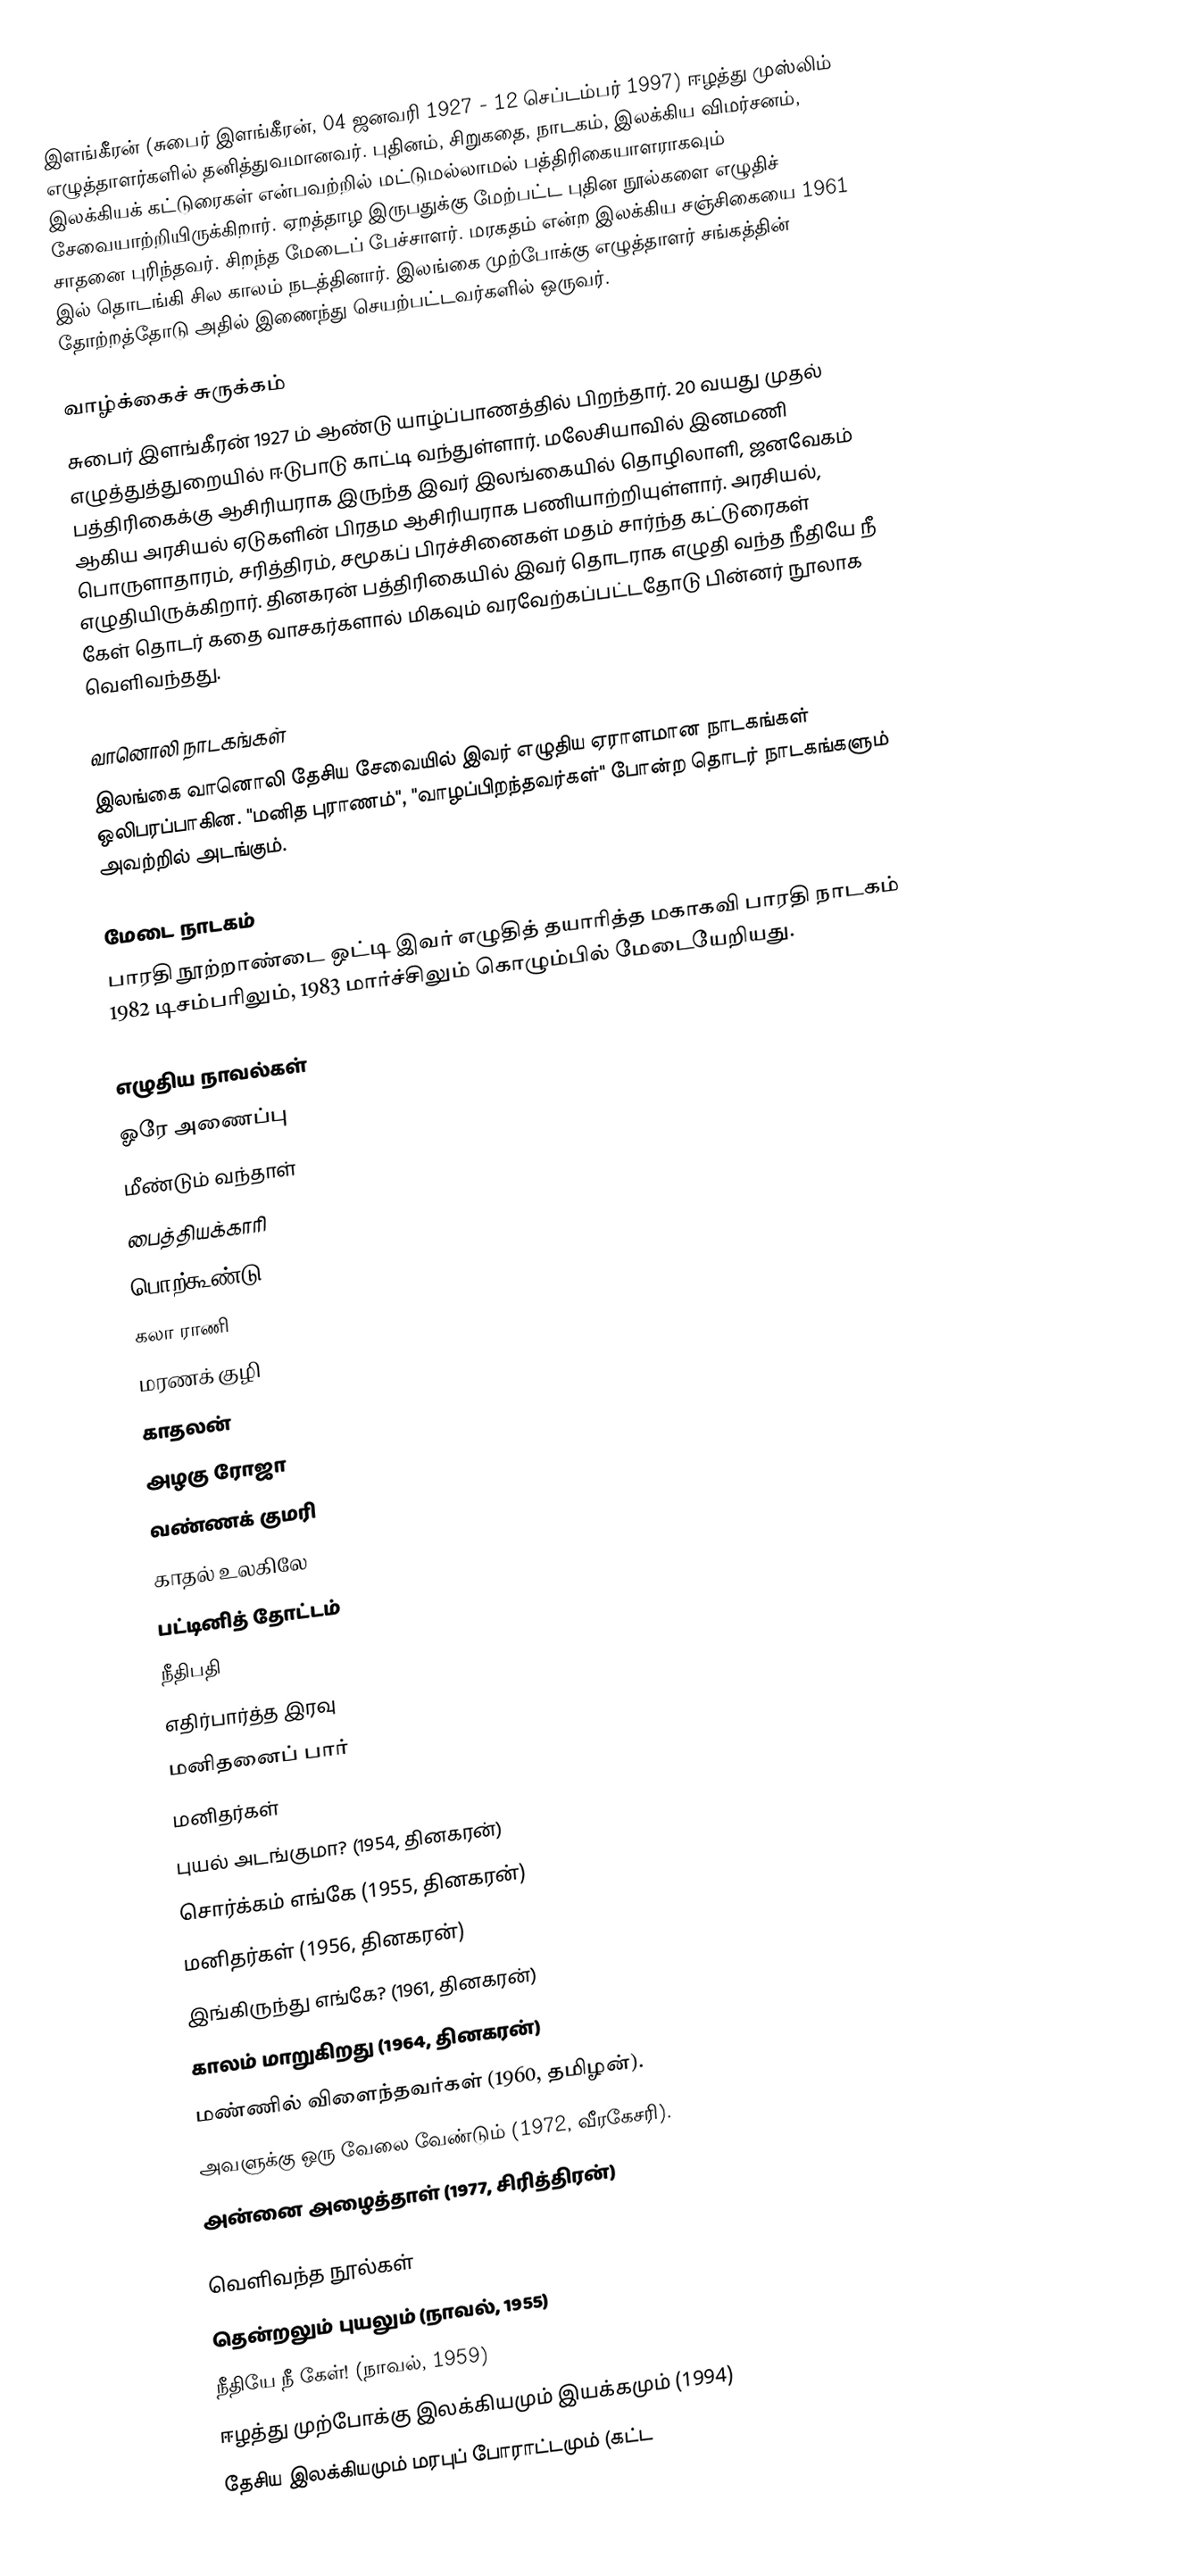
இளங்கீரன் (சுபைர் இளங்கீரன், 04 ஜனவரி 1927  - 12 செப்டம்பர் 1997) ஈழத்து முஸ்லிம் எழுத்தாளர்களில் தனித்துவமானவர். புதினம், சிறுகதை, நாடகம், இலக்கிய விமர்சனம், இலக்கியக் கட்டுரைகள் என்பவற்றில் மட்டுமல்லாமல் பத்திரிகையாளராகவும் சேவையாற்றியிருக்கிறார். ஏறத்தாழ இருபதுக்கு மேற்பட்ட புதின நூல்களை எழுதிச் சாதனை புரிந்தவர். சிறந்த மேடைப் பேச்சாளர். மரகதம் என்ற இலக்கிய சஞ்சிகையை 1961 இல் தொடங்கி சில காலம் நடத்தினார். இலங்கை முற்போக்கு எழுத்தாளர் சங்கத்தின் தோற்றத்தோடு அதில் இணைந்து செயற்பட்டவர்களில் ஒருவர்.

வாழ்க்கைச் சுருக்கம்
சுபைர் இளங்கீரன் 1927 ம் ஆண்டு யாழ்ப்பாணத்தில் பிறந்தார். 20 வயது முதல் எழுத்துத்துறையில் ஈடுபாடு காட்டி வந்துள்ளார். மலேசியாவில் இனமணி பத்திரிகைக்கு ஆசிரியராக இருந்த இவர் இலங்கையில் தொழிலாளி, ஜனவேகம் ஆகிய அரசியல் ஏடுகளின் பிரதம ஆசிரியராக பணியாற்றியுள்ளார். அரசியல், பொருளாதாரம், சரித்திரம், சமூகப் பிரச்சினைகள் மதம் சார்ந்த கட்டுரைகள் எழுதியிருக்கிறார். தினகரன் பத்திரிகையில் இவர் தொடராக எழுதி வந்த நீதியே நீ கேள் தொடர் கதை வாசகர்களால் மிகவும் வரவேற்கப்பட்டதோடு பின்னர் நூலாக வெளிவந்தது.

வானொலி நாடகங்கள்
இலங்கை வானொலி தேசிய சேவையில் இவர் எழுதிய ஏராளமான நாடகங்கள் ஒலிபரப்பாகின. "மனித புராணம்", "வாழப்பிறந்தவர்கள்" போன்ற தொடர் நாடகங்களும் அவற்றில் அடங்கும்.

மேடை நாடகம்
பாரதி நூற்றாண்டை ஒட்டி இவர் எழுதித் தயாரித்த மகாகவி பாரதி நாடகம் 1982 டிசம்பரிலும், 1983 மார்ச்சிலும் கொழும்பில் மேடையேறியது.

எழுதிய நாவல்கள்
 ஓரே அணைப்பு
 மீண்டும் வந்தாள்
 பைத்தியக்காரி
 பொற்கூண்டு
 கலா ராணி
 மரணக் குழி
 காதலன்
 அழகு ரோஜா
 வண்ணக் குமரி
 காதல் உலகிலே
 பட்டினித் தோட்டம்
 நீதிபதி
 எதிர்பார்த்த இரவு
 மனிதனைப் பார்
 மனிதர்கள்
 புயல் அடங்குமா? (1954, தினகரன்)
 சொர்க்கம் எங்கே (1955, தினகரன்)
 மனிதர்கள் (1956, தினகரன்)
 இங்கிருந்து எங்கே? (1961, தினகரன்)
 காலம் மாறுகிறது (1964, தினகரன்)
 மண்ணில் விளைந்தவர்கள் (1960, தமிழன்).
 அவளுக்கு ஒரு வேலை வேண்டும் (1972, வீரகேசரி).
 அன்னை அழைத்தாள் (1977, சிரித்திரன்)

வெளிவந்த நூல்கள்
 தென்றலும் புயலும் (நாவல், 1955)
 நீதியே நீ கேள்! (நாவல், 1959)
 ஈழத்து முற்போக்கு இலக்கியமும் இயக்கமும் (1994)
 தேசிய இலக்கியமும் மரபுப் போராட்டமும் (கட்ட